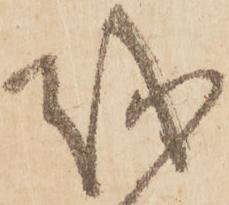
越